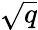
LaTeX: \sqrt{q}